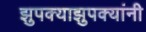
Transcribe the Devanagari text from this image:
झुपक्याझुपक्यांनी